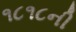
૧૮૧૮ની